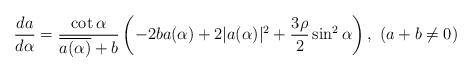
LaTeX: \begin{align*} \frac{da}{d\alpha} = \frac{\cot \alpha}{\overline{a(\alpha)} +b}\left( - 2ba(\alpha) + 2|a(\alpha)|^{2} + \frac{3\rho}{2}\sin^{2}\alpha \right), \ (a+b \neq 0) \end{align*}